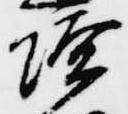
壇